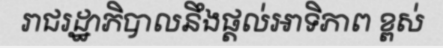
រាជរដ្ឋាភិបាលនឹងផ្តល់អាទិភាព ខ្ពស់